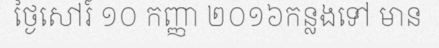
ថ្ងៃសៅរ៍ ១០ កញ្ញា ២០១៦កន្លងទៅ មាន